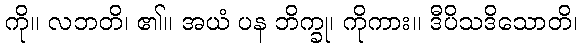
ကို။ လဘတိ၊ ၏။ အယံ ပန ဘိက္ခု၊ ကိုကား။ ဒီပိသဒိသောတိ၊